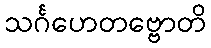
သင်္ဂဟေတဗ္ဗောတိ